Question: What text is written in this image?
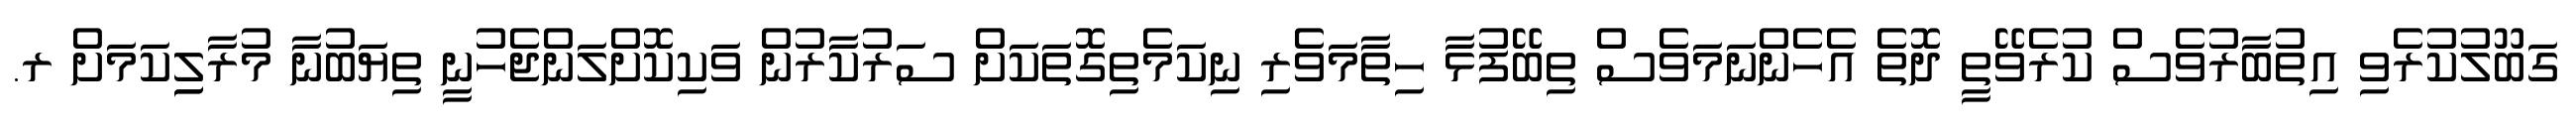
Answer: ގަބޫލުކުރެވި އިތުބާރުވެސް ކުރެވޭތީ ދޮތެ އެހެންނަމަވެސް ތިބޭފުޅާ ހިތާމަވެރި ނިކަމެތިގޮތަކަށް ސަރުކާރުން ވަކިކޮށްލަންޖެހުނީ ތިޔަބުނާ މުރާލިިކަމަށް ރ.